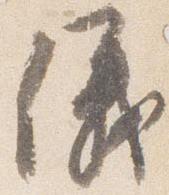
儀